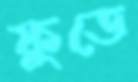
ফুডে